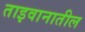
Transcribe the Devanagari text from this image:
ताइवानातील